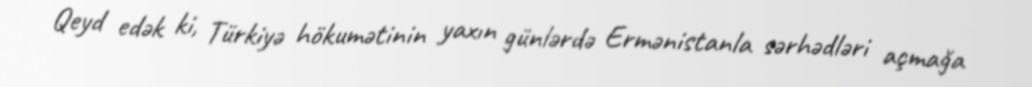
Qeyd edək ki, Türkiyə hökumətinin yaxın günlərdə Ermənistanla sərhədləri açmağa